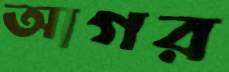
আগর